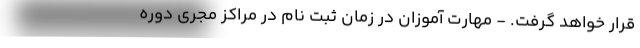
قرار خواهد گرفت. - مهارت آموزان در زمان ثبت نام در مراکز مجری دوره